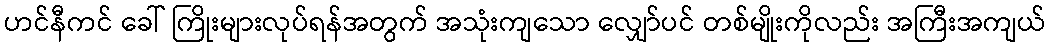
ဟင်နီကင် ခေါ် ကြိုးများလုပ်ရန်အတွက် အသုံးကျသော လျှော်ပင် တစ်မျိုးကိုလည်း အကြီးအကျယ်